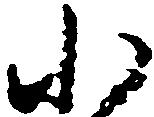
小